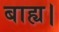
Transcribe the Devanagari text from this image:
बाह्य।